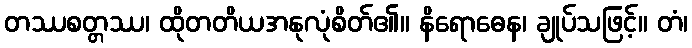
တဿစတ္တဿ၊ ထိုတတိယအနုလုံစိတ်၏။ နိရောဓေန၊ ချုပ်သဖြင့်။ တံ၊